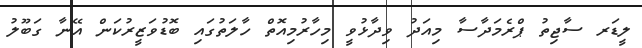
ލީޑަރ ސާޖިތު ޕްރެމަދާސާ މިއަދު ވިދާޅުވީ މިހާރުމިއޮތް ހާލަތުގައި ބޮޑުވަޒީރުކަން އޭނާ ގަބޫލު